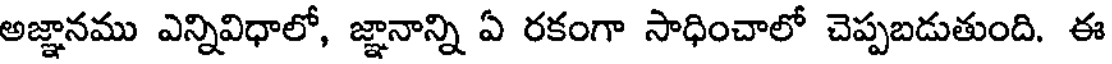
అజ్ఞానము ఎన్నివిధాలో, జ్ఞానాన్ని ఏ రకంగా సాధించాలో చెప్పబడుతుంది. ఈ